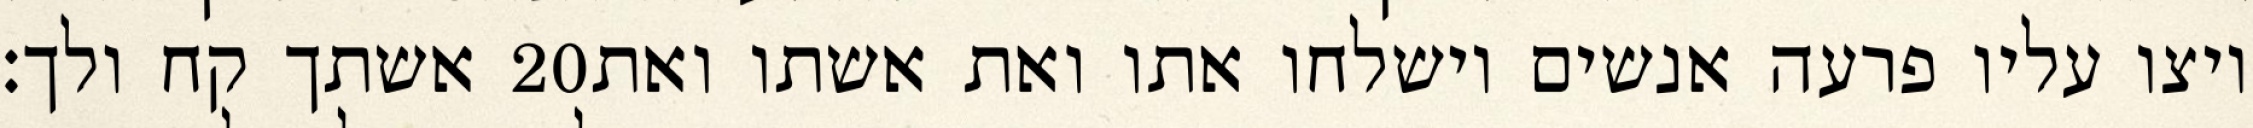
אשתך קח ולך׃ ‎20‏ ויצו עליו פרעה אנשים וישלחו אתו ואת אשתו ואת